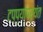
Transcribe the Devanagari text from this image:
टप्प्यापर्यंत